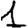
Digit: 1